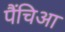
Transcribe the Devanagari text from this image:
पैंचिआ